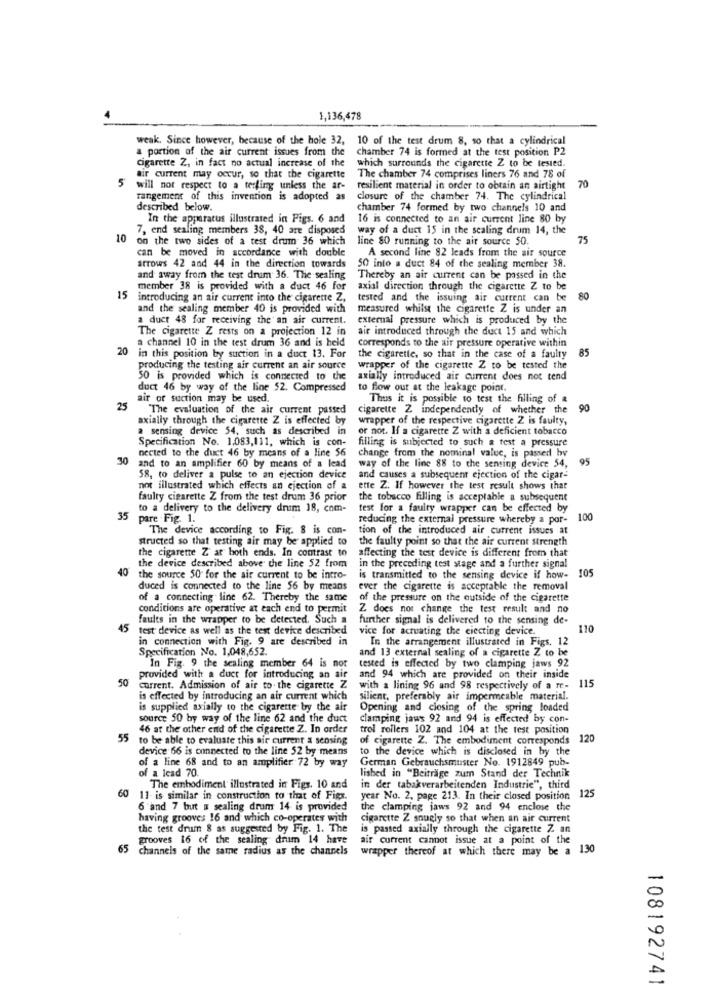
1,136,478
weak. Since however, because of the hole 32,
10 of the test drum 8, so that a cylindrical
a portion of the air current issues from the
chamber 74 is formed at the test position P2
cigarette Z, in fact no actual increase of the
which surrounds the cigarette Z to be tested.
air current may occur, so that the cigarette
The chamber 74 comprises liners 76 and 78 of
will not respect to a terfimg unless the ar-
resilient material in order to obtain an airtight
70
rangement of this invention is adopted as
closure of the chamber 74. The cylindrical
described below.
chamber 74 formed by two channels 10 and
In the apparatus illustrated in Pigs. 6 and
16 is connected to an air current line 80 by
7, end sealing members 38, 40 are disposed
way of a duct 15 in the scaling drum 14, the
10 on the two sides of a test drum 36 which
line 80 running to the air source 50.
73
can be moved in accordance with double
A second line 82 leads from the air source
arrows 42 and 44 in the direction towards
50 into a duct 84 of the sealing member 38.
and away from the test drum 36. The sealing
Thereby an air current can be passed in the
member 38 is provided with a duct 46 for
axial direction through the cigarette Z to be
15 introducing an air current into the cigarette Z,
tested and the issuing air current can be
80
and the sealing member 40 is provided with
measured whilst the cigarette Z is under an
a duct 48 for receiving the an air current.
external pressure which is produced by the
The cigarette Z rests on a projection 12 in
air introduced through the duct 15 and which
a channel 10 in the test drum 36 and is held
corresponds to the air pressure operative within
20
in this position by suction in a duct 13. For
the cigarette, so that in the case of a faulty
85
producing the testing air current an air source
wrapper of the cigarette Z to be tested the
50 is provided which is connected to the
axially introduced air current does not tend
duct 46 by way of the line 52. Compressed
to flow out at the leakage point.
air or suction may be used.
Thus it is possible to test the filling of a
25
The evaluation of the air current passed
cigarette Z independently of whether the
90
axially through the cigarette Z is effected by
wrapper of the respective cigarette 2 is faulty,
a sensing device 54, such as described in
or not. If a cigarette Z with a deficient tobacco
Specification No. 1,083,111, which is con-
filling is subjected to such a test a pressure
nected to the duct 46 by means of a line 56
30
change from the nominal value, is passed by
95
and to an amplifier 60 by means of a lead
way of the line 88 to the sensing device 54,
58, to deliver a pulse to an ejection device
and causes a subsequent ejection of the cigar-
not illustrated which effects an ejection of a
ette Z. If however the test result shows that
faulty cigarette Z from the test drum 36 prior
the tobacco filling is acceptable a subsequent
to a delivery to the delivery drum 18, com-
test for a faulty wrapper can be effected by
35 pare .Fig. 1.
reducing the external pressure whereby a por-
100
The device according to Fig. 8 is con-
tion of the introduced air current issues at
structed so that testing air may be applied to
the faulty point so that the air current strength
the cigarette Z at both ends. In contrast to
affecting the test device is different from that
the device described above the line 52 from
40
in the preceding test stage and a further signal
105
the source 50 for the air current to be intro-
is transmitted to the sensing device if how-
duced is connected to the line 56 by means
ever the cigarette is acceptable the removal
of a connecting line 62. Thereby the same
of the pressure on the outside of the cigarette
conditions are operative at each end to permit
Z does not change the test result and no
faults in the wrapper to be detected. Such a
further signal is delivered to the sensing de-
45
test' device as well as the test device described
vice for actuating the ciecting device.
110
in connection with Fig. 9 are described in
In the arrangement illustrated in Figs. 12
Specification No. 1,048,652.
and 13 external sealing of a cigarette Z to be
In Fig. 9 the sealing member 64 is not
tested is effected by two clamping jaws 92
50
provided with a duct for introducing an air
and 94 which are provided on their inside
current. Admission of air to the cigarette Z
with a lining 96 and 98 respectively of a re-
115
is effected by introducing an air current which
silient, preferably air impermeable material.
is supplied axially to the cigarette by the air
Opening and closing of the spring loaded
source 50 by way of the line 62 and the duct
Clamping jaws 92 and 94 is effected by con-
46 at the other end of the cigarette Z. In order
trol rollers 102 and 104 at the test position
55
to be able to evaluate this air current a sensing
of cigarette Z. The embodiment corresponds 120
device 66 is connected to the line 52 by means
to the device which is disclosed in by the
of a line 68 and to an amplifier 72 by way
German Gebrauchsmuster No. 1912849 pub-
of a lead 70.
lished in "Beiträge zum Stand der Technik
The embodiment illustrated in Figs. 10 and
in der tabakverarbeitenden Industrie", third
60 11- is similar in construction to that of Figs.
year No. 2. page 213. In their closed position 125
6 and 7 but w sealing drum 14 is provided
the clamping jaws 92 and 94 enclose the
having grooves 16 and which co-operates with
cigarette Z snugly so that when an air current
the test drum & as suggested by Fig. 1. The
is passed axially through the cigarette Z an
grooves 16 of the sealing drum 14 have
air current cannot issue at a point of the
65 channels of the same radius as the channels
wrapper thereof at which there may be a 130
108192741